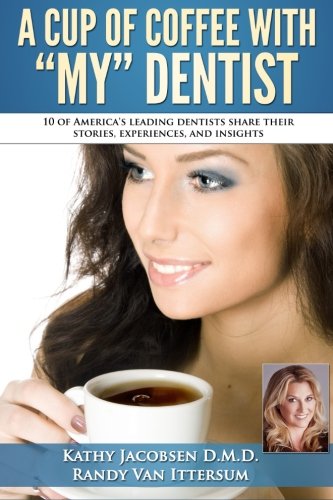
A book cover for A Cup Of Coffee With My Dentist: 10 of America's leading dentists share their stories, experiences, and insights; Kathy Jacobsen D.M.D.; Medical Books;